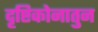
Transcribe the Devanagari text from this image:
दृष्टिकोनातुन